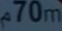
70m